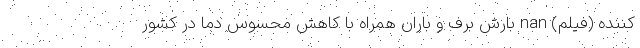
‌کننده (فیلم) nan بارش برف و باران همراه با کاهش محسوس دما در کشور